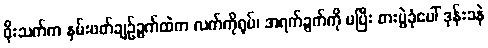
ဖိုးသက်က နှမ်းဖတ်ချဉ်ခွက်ထဲက လက်ကိုရုပ်၊ အရက်ခွက်ကို မပြီး စားပွဲခုံပေါ် ဒုန်းခနဲ